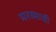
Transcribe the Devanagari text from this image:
मरव्याची